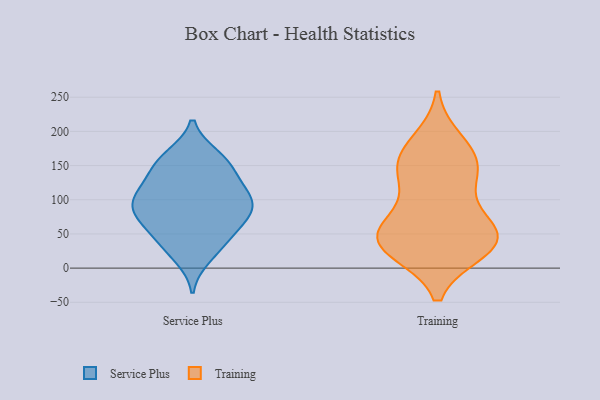
{"axis": {"x": "Net Income (USD K)", "y": "Value"}, "legend": ["Service Plus", "Training"], "data": [{"x": "", "y": 50, "type": "Service Plus"}, {"x": "", "y": 42, "type": "Service Plus"}, {"x": "", "y": 66, "type": "Service Plus"}, {"x": "", "y": 99, "type": "Service Plus"}, {"x": "", "y": 102, "type": "Service Plus"}, {"x": "", "y": 122, "type": "Service Plus"}, {"x": "", "y": 108, "type": "Service Plus"}, {"x": "", "y": 157, "type": "Service Plus"}, {"x": "", "y": 160, "type": "Service Plus"}, {"x": "", "y": 133, "type": "Service Plus"}, {"x": "", "y": 82, "type": "Service Plus"}, {"x": "", "y": 164, "type": "Service Plus"}, {"x": "", "y": 28, "type": "Service Plus"}, {"x": "", "y": 86, "type": "Service Plus"}, {"x": "", "y": 16, "type": "Service Plus"}, {"x": "", "y": 84, "type": "Service Plus"}, {"x": "", "y": 146, "type": "Service Plus"}, {"x": "", "y": 68, "type": "Service Plus"}, {"x": "", "y": 101, "type": "Service Plus"}, {"x": "", "y": 28, "type": "Training"}, {"x": "", "y": 128, "type": "Training"}, {"x": "", "y": 69, "type": "Training"}, {"x": "", "y": 42, "type": "Training"}, {"x": "", "y": 157, "type": "Training"}, {"x": "", "y": 47, "type": "Training"}, {"x": "", "y": 46, "type": "Training"}, {"x": "", "y": 35, "type": "Training"}, {"x": "", "y": 162, "type": "Training"}, {"x": "", "y": 41, "type": "Training"}, {"x": "", "y": 183, "type": "Training"}, {"x": "", "y": 134, "type": "Training"}]}